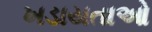
ખડાયતાઓ